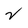
Character: 2